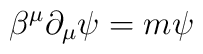
\beta^{\mu} \partial_{\mu} \psi = m \psi